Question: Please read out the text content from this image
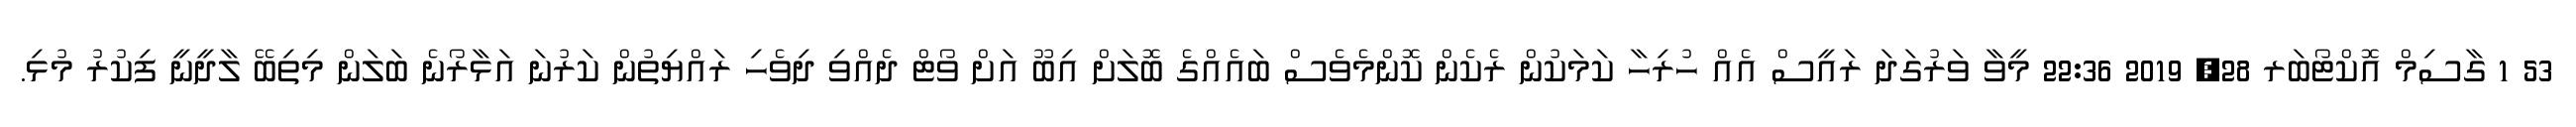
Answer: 53 1 ގާސިމް އޮކްޓޯބަރ 28, 2019 22:36 މީވާ ވަރުގަދަ ރައީސް އެއް ހުރިހާ ކަމަކުން ރެކެން ކޮންމެވެސް ބައެއްގެ ބޮލަށް އިބޫ އަށް ވޯޓް ދެއްވި ދިވެހި ރައްޔިތުން ކަރުނަ އަޅާރޯނެ ބަލަން މިތިބޭ ލާދީނީ ފިކުރު މުޅި.